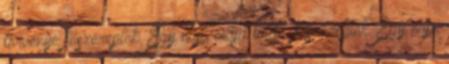
törvénye főszereplők Egy nap, majd talán. főszereplők Egy nap,